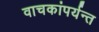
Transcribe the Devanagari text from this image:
वाचकांपर्यन्त